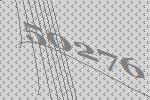
50276